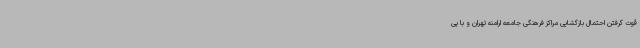
قوت گرفتن احتمال بازگشایی مراکز فرهنگی جامعه ارامنه تهران و با پی